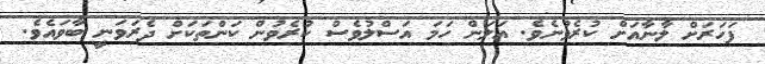
ފަހަރަށް ލާނާއަށް ކުރެވުނެވެ. އަލަން ހަމަ އަސްލުވެސް ކުރެވުން ކަންތަކަށް ދެރަވަނީ ބާވައެވެ.